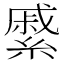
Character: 𦄉